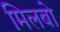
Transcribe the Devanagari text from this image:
मिलबो